Senior Leaving Certificate Examination (including Day School Certificate (Higher) General paper), 1949
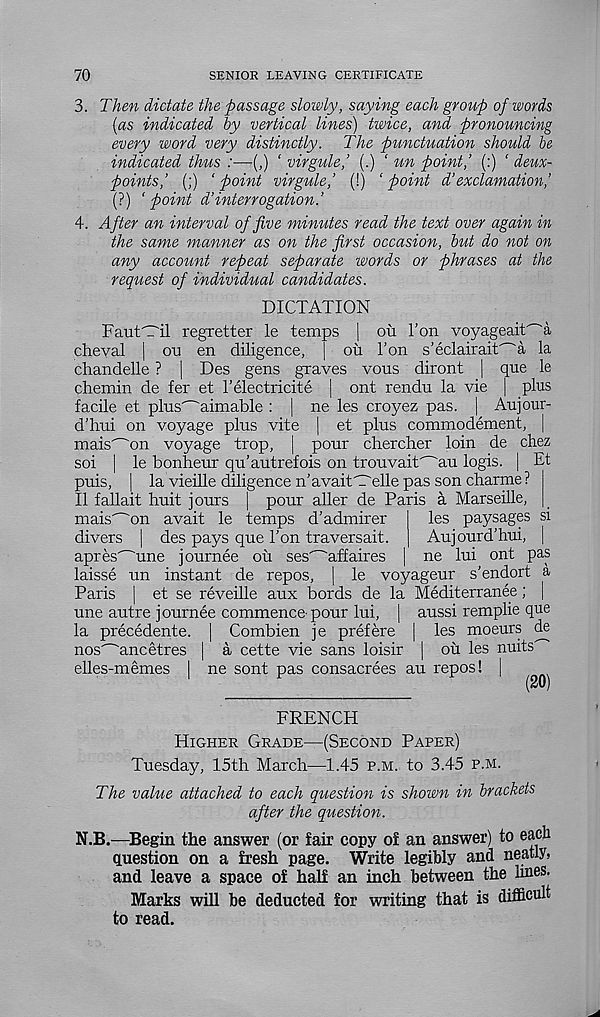
70
SENIOR LEAVING CERTIFICATE
3. Then dictate the passage slowly, saying each group of words
[as indicated by vertical lines) twice, and pronouncing
every word very distinctly. The punctuation should be
indicated thus :—(,) ‘ virgule,’ (.) ‘ un point,’ (:) ‘ dew-
points,’ (;) ‘point virgule,’ (!) ‘point d’exclamation,’
(?) ‘ point d’interrogation.’
4. After an interval of five minutes read the text over again in
the same manner as on the first occasion, but do not on
any account repeat separate words or phrases at the
request of individual candidates.
DICTATION
FautC'il regretter le temps | oil Ton voyageait^'a
cheval | on en diligence,
ou Ton s’eclairait^a la
chandelle ? | Des gens graves vous diront | que le
chemin de fer et 1’electricite | ont rendu la vie j plus
facile et plus' - 'aimable : | ne les croyez pas. | Aujour-
d'hui on voyage plus vite | et plus commodement,
mais^on voyage trop, | pour chercher loin de chez
soi | le bonheur qu’autrefois on trouvait' - 'au logis. | Et
puis, | la vieille diligence n'avait'T'elle pas son charme ?
II fallait huit jours | pour aller de Paris a Marseille,
mais^on avait le temps d’admirer
divers | des pays que Ton traversait.
apres^une journee ou ses^affaires ,
laisse un instant de repos, | le voyageur s'endort a
Paris | et se reveille aux bords de la Mediterranee; |
une autre journee commence-pour lui, | aussi remplie que
la precedente. | Combien je prefere | les moeurs de
nos^ancetres | a cette vie sans loisir | oil les nuits
elles-mernes I ne sont pas consacrees au repos! I
1
P
F
(20)
les paysages si
Aujourd’hui, j
ne lui ont pas
FRENCH
Higher Grade—(Second Paper)
Tuesday, 15th March—1.45 p.m. to 3.45 p.m.
The value attached to each question is shown in brackets
after the question.
N.B.—Begin the answer (or fair copy of an answer) to each
question on a fresh page. Write legibly and neatly,
and leave a space of half an inch between the lines.
Marks will be deducted for writing that is difficult
to read.